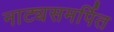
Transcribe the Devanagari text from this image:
नाट्यसमर्पित